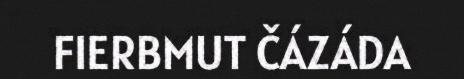
FIERBMUT ČÁZÁDA